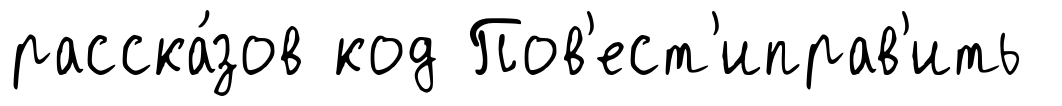
расска́зов код Пов'ест'иправ'ить